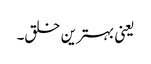
یعنی بہترین خلق۔